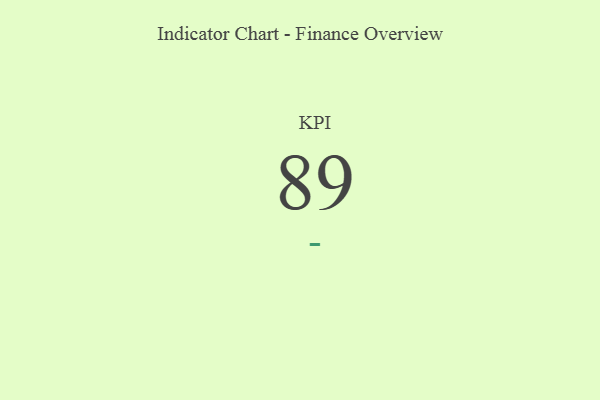
{"axis": {"x": "KPI", "y": "Value"}, "legend": [""], "data": [{"x": "KPI", "y": 89, "type": ""}]}